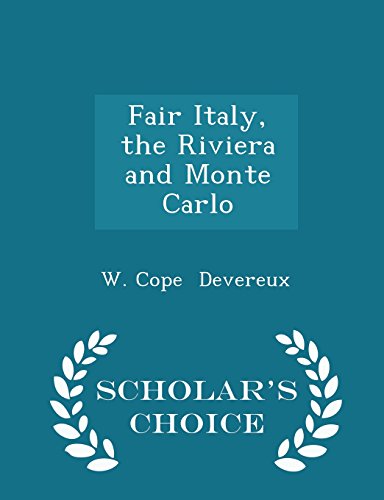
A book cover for Fair Italy, the Riviera and Monte Carlo - Scholar's Choice Edition; W. Cope Devereux; Travel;